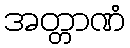
အတ္တာဏံ